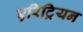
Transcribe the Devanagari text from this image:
एरिट्रियन